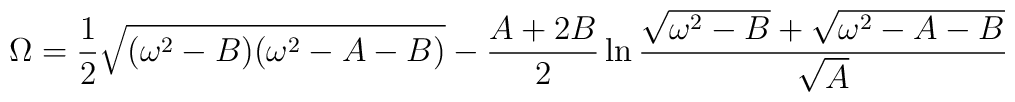
\Omega = {1 \over 2}\sqrt{(\omega^{2}-B)(\omega^{2}-A-B)} - {A+2B \over 2}\ln{\sqrt{\omega^{2}-B} + \sqrt{\omega^{2}-A-B} \over \sqrt{A}}